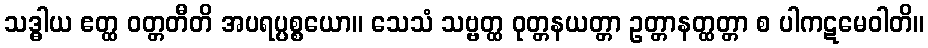
သဒ္ဓါယ ဧတ္ထ ဝတ္တတီတိ အပရပ္ပစ္စယော။ သေသံ သဗ္ဗတ္ထ ဝုတ္တနယတ္တာ ဥတ္တာနတ္ထတ္တာ စ ပါကဋမေဝါတိ။